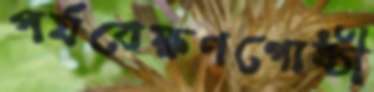
পর্যবেক্ষণগোষ্ঠী